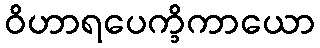
ဝိဟာရပေက္ခိကာယော